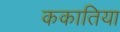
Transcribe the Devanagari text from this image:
ककातिया